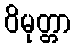
ဝိမုတ္တာ